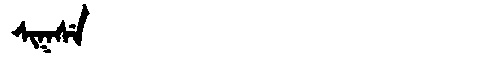
Manchu: ᠰᡳᡴᠰᡝ
Romanization: SIKSE